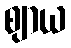
ဈာယ